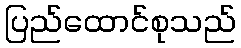
ပြည်ထောင်စုသည်